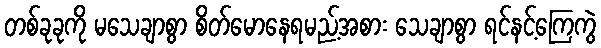
တစ်ခုခုကို မသေချာစွာ စိတ်မောနေရမည့်အစား သေချာစွာ ရင်နင့်ကြေကွဲ